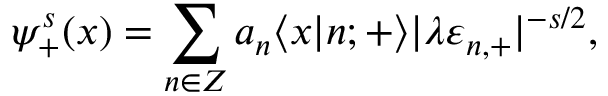
\psi _ { + } ^ { s } ( x ) = \sum _ { n \in \cal Z } a _ { n } \langle x | n ; { + } \rangle | \lambda \varepsilon _ { n , + } | ^ { - s / 2 } ,